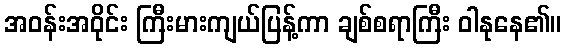
အဝန်းအဝိုင်း ကြီးမားကျယ်ပြန့်ကာ ချစ်စရာကြီး ဝါနုနေ၏။